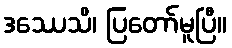
ဒဿေသိ၊ ပြတော်မူပြီ။